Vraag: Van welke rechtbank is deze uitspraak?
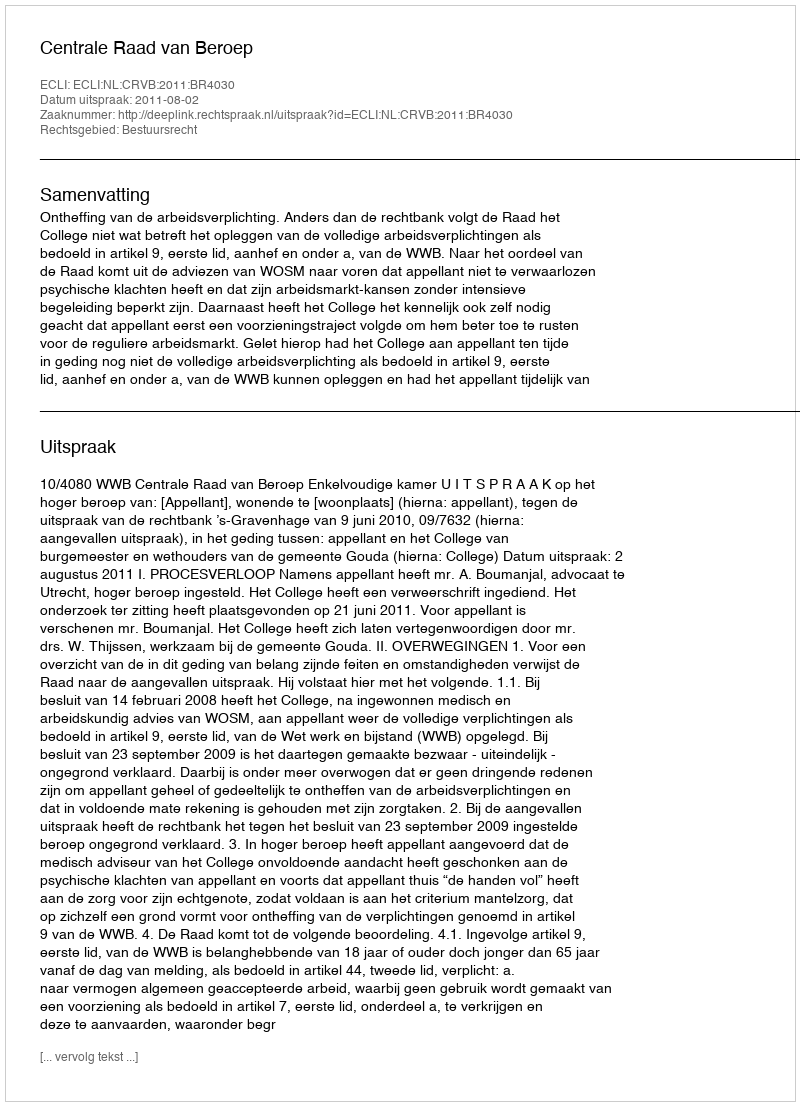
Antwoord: Centrale Raad van Beroep